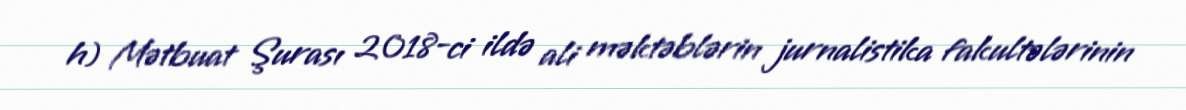
h) Mətbuat Şurası 2018-ci ildə ali məktəblərin jurnalistika fakultələrinin